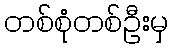
တစ်စုံတစ်ဦးမှ